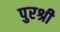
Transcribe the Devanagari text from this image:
पुरश्री